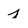
Character: j